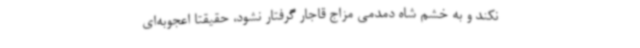
نکند و به خشم شاه دمدمی ‌مزاج قاجار گرفتار نشود، حقیقتاً اعجوبه‌ای